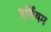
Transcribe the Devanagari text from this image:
एर्बियम